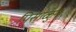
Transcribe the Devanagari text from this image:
पिसाळुन